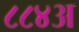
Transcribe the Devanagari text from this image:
८८४अ